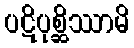
ပဋိပုစ္ဆိဿာမိ